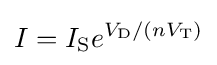
I=I_{\text{S}}e^{V_{\text{D}}/(nV_{\text{T}})}